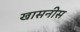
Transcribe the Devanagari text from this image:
खासनीस